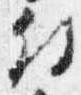
付